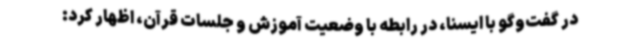
در گفت‌وگو با ایسنا، در رابطه با وضعیت آموزش و جلسات قرآن، اظهار کرد: